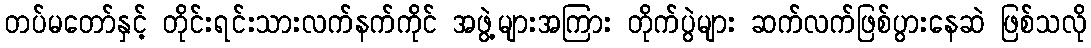
တပ်မတော်နှင့် တိုင်းရင်းသားလက်နက်ကိုင် အဖွဲ့များအကြား တိုက်ပွဲများ ဆက်လက်ဖြစ်ပွားနေဆဲ ဖြစ်သလို